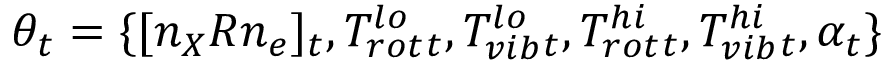
\theta _ { t } = \{ [ n _ { X } R n _ { e } ] _ { t } , T _ { r o t } ^ { l o } { _ t } , T _ { v i b } ^ { l o } { _ t } , T _ { r o t } ^ { h i } { _ t } , T _ { v i b } ^ { h i } { _ t } , \alpha _ { t } \}